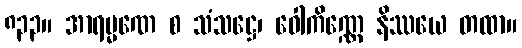
၈၃၃။ အာရမ္မဏေ စ သံသဋ္ဌေ၊ ဝေါကိဏ္ဏေ နိဿယေ တထာ။